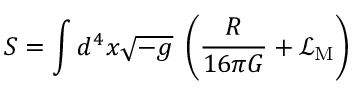
S = \int d ^ { 4 } x { \sqrt { - g } } \; \left( { \frac { R } { 1 6 \pi G } } + { \mathcal { L } } _ { \mathrm { M } } \right)